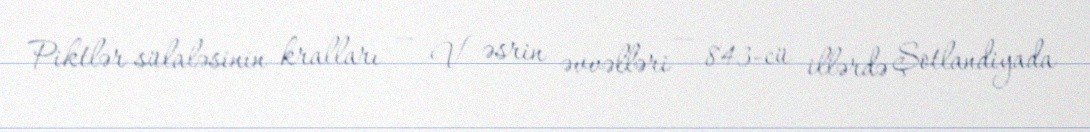
Piktlər sülaləsinin kralları — V əsrin əvvəlləri — 843-cü illərdə Şotlandiyada